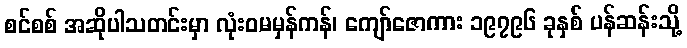
စင်စစ် အဆိုပါသတင်းမှာ လုံးဝမမှန်ကန်၊ ကျော်ဇောကား ၁၉၇၉၆ ခုနှစ် ပန်ဆန်းသို့